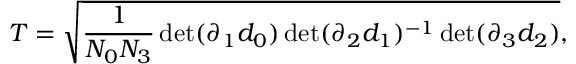
T = \sqrt { \frac { 1 } { N _ { 0 } N _ { 3 } } \operatorname * { d e t } ( \partial _ { 1 } d _ { 0 } ) \operatorname * { d e t } ( \partial _ { 2 } d _ { 1 } ) ^ { - 1 } \operatorname * { d e t } ( \partial _ { 3 } d _ { 2 } ) } ,